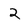
Character: 2